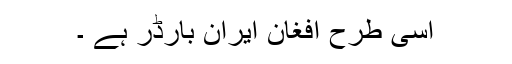
اسی طرح افغان ایران بارڈر ہے ۔